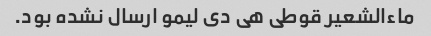
ماءالشعیر قوطی هی دی لیمو ارسال نشده بود.